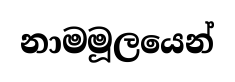
නාමමූලයෙන්